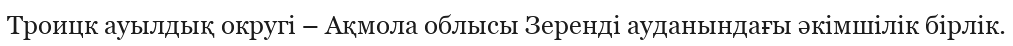
Троицк ауылдық округі – Ақмола облысы Зеренді ауданындағы әкімшілік бірлік.